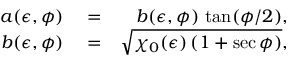
\begin{array} { r l r } { a ( \epsilon , \phi ) } & { { } = } & { b ( \epsilon , \phi ) \, \tan ( \phi / 2 ) , } \\ { b ( \epsilon , \phi ) } & { { } = } & { \sqrt { \chi _ { 0 } ( \epsilon ) \, ( 1 + \sec \phi ) } , } \end{array}